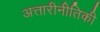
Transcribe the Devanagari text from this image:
अत्तारीनीतिकी